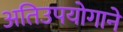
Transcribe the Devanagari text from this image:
अतिउपयोगाने